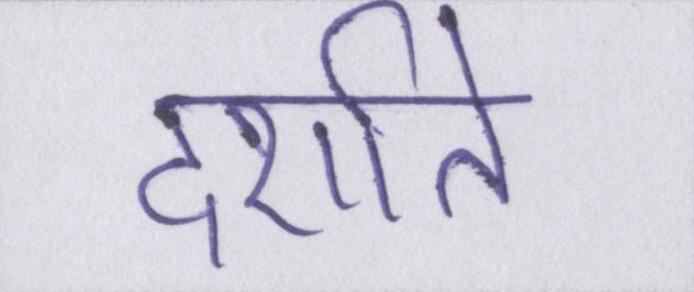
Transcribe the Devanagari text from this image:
दर्शाते